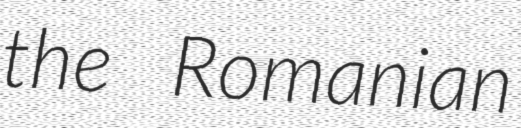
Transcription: the Romanian